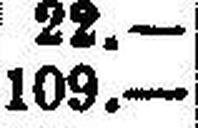
109.—